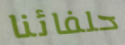
حلفائنا